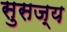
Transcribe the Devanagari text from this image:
सुसज्य